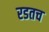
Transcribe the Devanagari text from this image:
रडतच